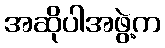
အဆိုပါအဖွဲ့က